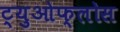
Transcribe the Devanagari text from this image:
ट्युओफ्लोस